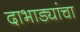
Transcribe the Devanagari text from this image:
दाभाड्यांचा